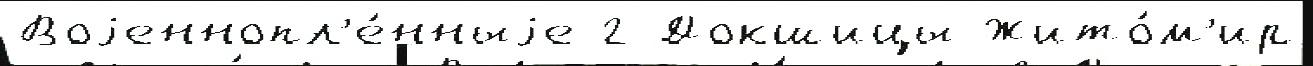
Воjеннопл'е́нныjе 2 Докшицы Жито́м'ир